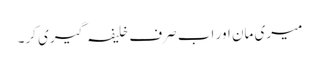
میری مان اور اب صرف خلیفہ گیری کر۔